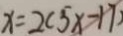
x = 2 ( 5 x - 1 7 )